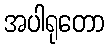
အပါရုတော